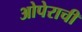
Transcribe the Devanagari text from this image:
ओपेराची